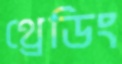
থ্রেডিং